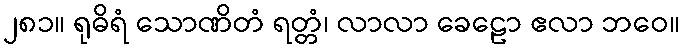
၂၈၁။ ရုဓိရံ သောဏိတံ ရတ္တံ၊ လာလာ ခေဠော ဧလာ ဘဝေ။